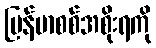
မြန်မာစစ်အစိုးရကို